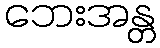
ဘေးအန္တ